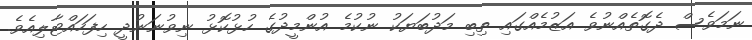
ނަމަވެސް ދެގޮތެއްނުވެ އަޒުމެއްގައި ތިބި މަދުބަޔަކު ނުކުމެ އުންމީދުގެ ހުޅުކޮޅު ނިވުނަނުދީ ހިފަހައްޓާލިއެވެ.